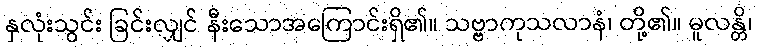
နှလုံးသွင်း ခြင်းလျှင် နီးသောအကြောင်းရှိ၏။ သဗ္ဗာကုသလာနံ၊ တို့၏။ မူလန္တိ၊